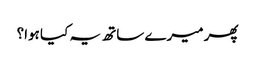
پھر میرے ساتھ یہ کیا ہوا؟